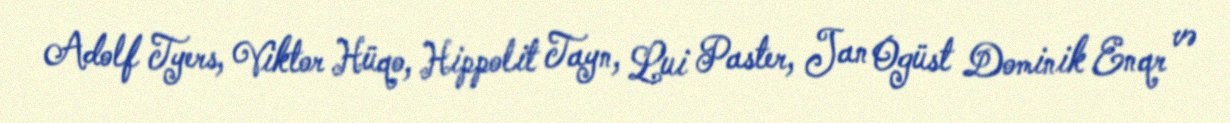
Adolf Tyers, Viktor Hüqo, Hippolit Tayn, Lui Paster, Jan Ogüst Dominik Enqr və